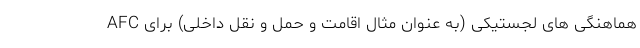
هماهنگی های لجستیکی (به عنوان مثال اقامت و حمل و نقل داخلی) برای AFC